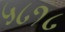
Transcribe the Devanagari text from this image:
५८१८